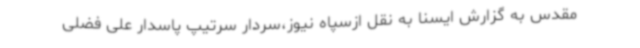
مقدس به گزارش ایسنا به نقل ازسپاه نیوز،سردار سرتیپ پاسدار علی فضلی